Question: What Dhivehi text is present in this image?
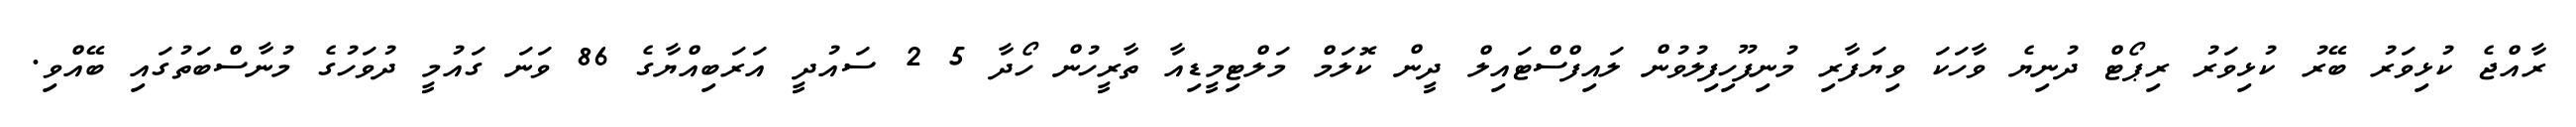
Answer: ރާއްޖެ ކުޅިވަރު ބޭރު ކުޅިވަރު ރިޕޯޓް ދުނިޔެ ވާހަކަ ވިޔަފާރި މުނިފޫހިފިލުވުން ލައިފްސްޓައިލް ދީން ކޮލަމް މަލްޓިމީޑިއާ ތާރީހުން ހޯދާ 5 2 ސައުދީ އަރަބިއްޔާގެ 86 ވަނަ ގައުމީ ދުވަހުގެ މުނާސްބަތުގައި ބޭއްވި.